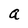
Character: a